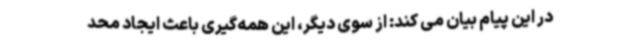
در این پیام بیان می کند: از سوی دیگر، این همه‌گیری باعث ایجاد محد